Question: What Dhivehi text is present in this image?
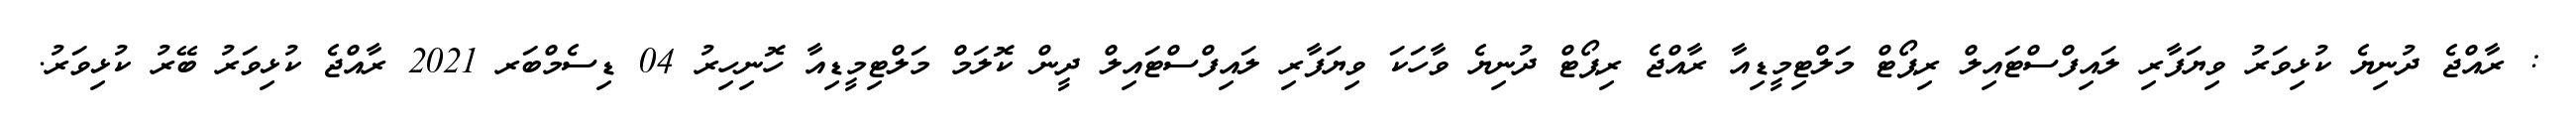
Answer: : ރާއްޖެ ދުނިޔެ ކުޅިވަރު ވިޔަފާރި ލައިފްސްޓައިލް ރިޕޯޓް މަލްޓިމީޑިއާ ރާއްޖެ ރިޕޯޓް ދުނިޔެ ވާހަކަ ވިޔަފާރި ލައިފްސްޓައިލް ދީން ކޮލަމް މަލްޓިމީޑިއާ ހޮނިހިރު 04 ޑިސެމްބަރ 2021 ރާއްޖެ ކުޅިވަރު ބޭރު ކުޅިވަރު.